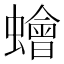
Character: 𧒯